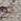
جدا